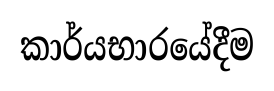
කාර්යභාරයේදීම